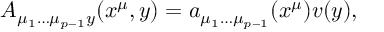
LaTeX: A _ { \mu _ { 1 } \dots \mu _ { p - 1 } y } ( x ^ { \mu } , y ) = a _ { \mu _ { 1 } \dots \mu _ { p - 1 } } ( x ^ { \mu } ) v ( y ) ,